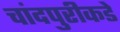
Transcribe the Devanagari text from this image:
चांदपुरीकडे